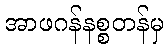
အာဖဂန်နစ္စတန်မှ